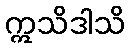
ဣသိဒါသိ